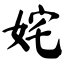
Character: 姹